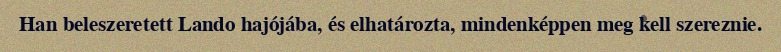
Han beleszeretett Lando hajójába, és elhatározta, mindenképpen meg kell szereznie.